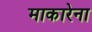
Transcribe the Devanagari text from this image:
माकारेना